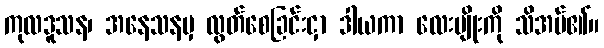
ကုလဒူသန၊ အနေသနမှ လွတ်စေခြင်းငှာ ဒါယကာ လေးမျိုးကို သိအပ်၏။